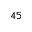
^ { 4 5 }